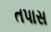
તપાસ